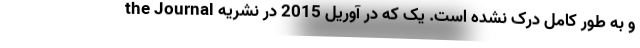
و به طور کامل درک نشده است. یک که در آوریل 2015 در نشریه the Journal